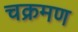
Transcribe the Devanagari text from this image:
चक्रमण